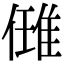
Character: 𨿂